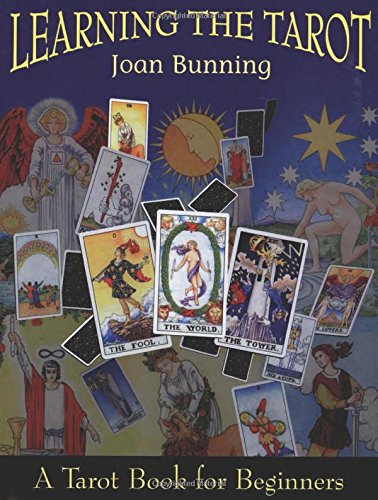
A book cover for Learning the Tarot: A Tarot Book for Beginners; Joan Bunning; Religion & Spirituality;